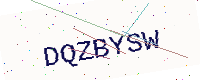
Text: DQZBYSW